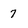
Character: 7